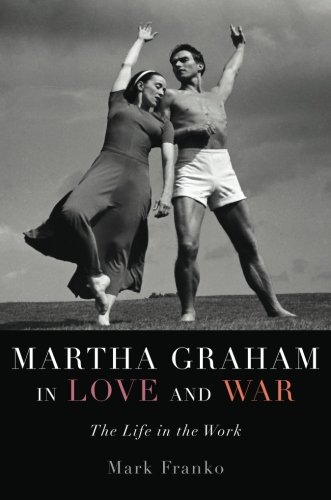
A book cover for Martha Graham in Love and War: The Life in the Work; Mark Franko; Biographies & Memoirs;